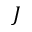
J